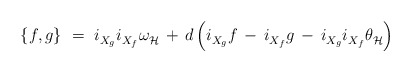
\begin{align*} \{f,g\}~=~i_{X_g}^{} i_{X_f}^{} \omega_{\mathcal{H}}^{} \, + \, d \, \Bigl( i_{X_g}^{} f \, - \, i_{X_f}^{} g \, - \, i_{X_g}^{} i_{X_f}^{} \theta_{\mathcal{H}}^{} \Bigr)\end{align*}